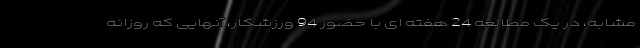
مشابه، در یک مطالعه 24 هفته ای با حضور 94 ورزشکار، آنهایی که روزانه